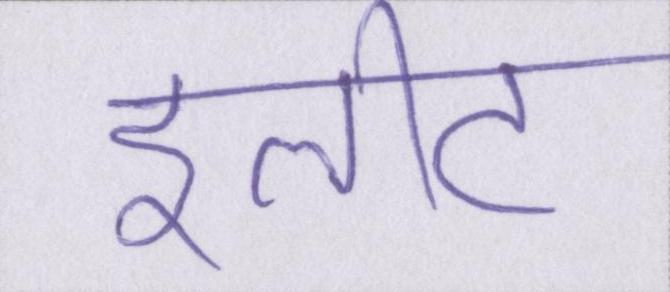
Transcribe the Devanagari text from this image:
इलीट